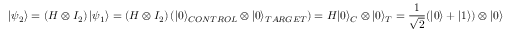
\left| \psi _ { 2 } \right\rangle = \left( H \otimes I _ { 2 } \right) \left| \psi _ { 1 } \right\rangle = \left( H \otimes I _ { 2 } \right) \left( | 0 \rangle _ { C O N T R O L } \otimes | 0 \rangle _ { T A R G E T } \right) = H | 0 \rangle _ { C } \otimes | 0 \rangle _ { T } = \frac { 1 } { \sqrt { 2 } } ( | 0 \rangle + | 1 \rangle ) \otimes | 0 \rangle